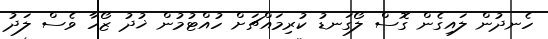
ހެނދުން ލައިގެން ގޮސް ލޯގަނޑު ކުރިމައްޗަށް ހުއްޓުމުން ޚުދު ޒޯހާ ވެސް ލަދު